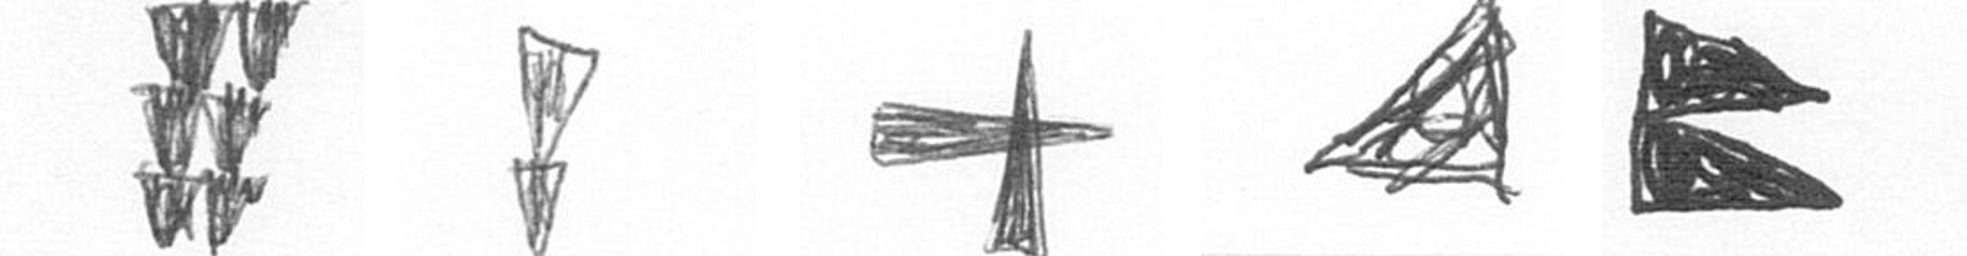
Y Z G O P